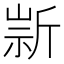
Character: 𣂫